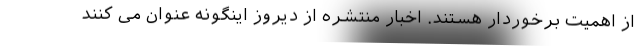
از اهمیت برخوردار هستند. اخبار منتشره از دیروز اینگونه عنوان می کنند